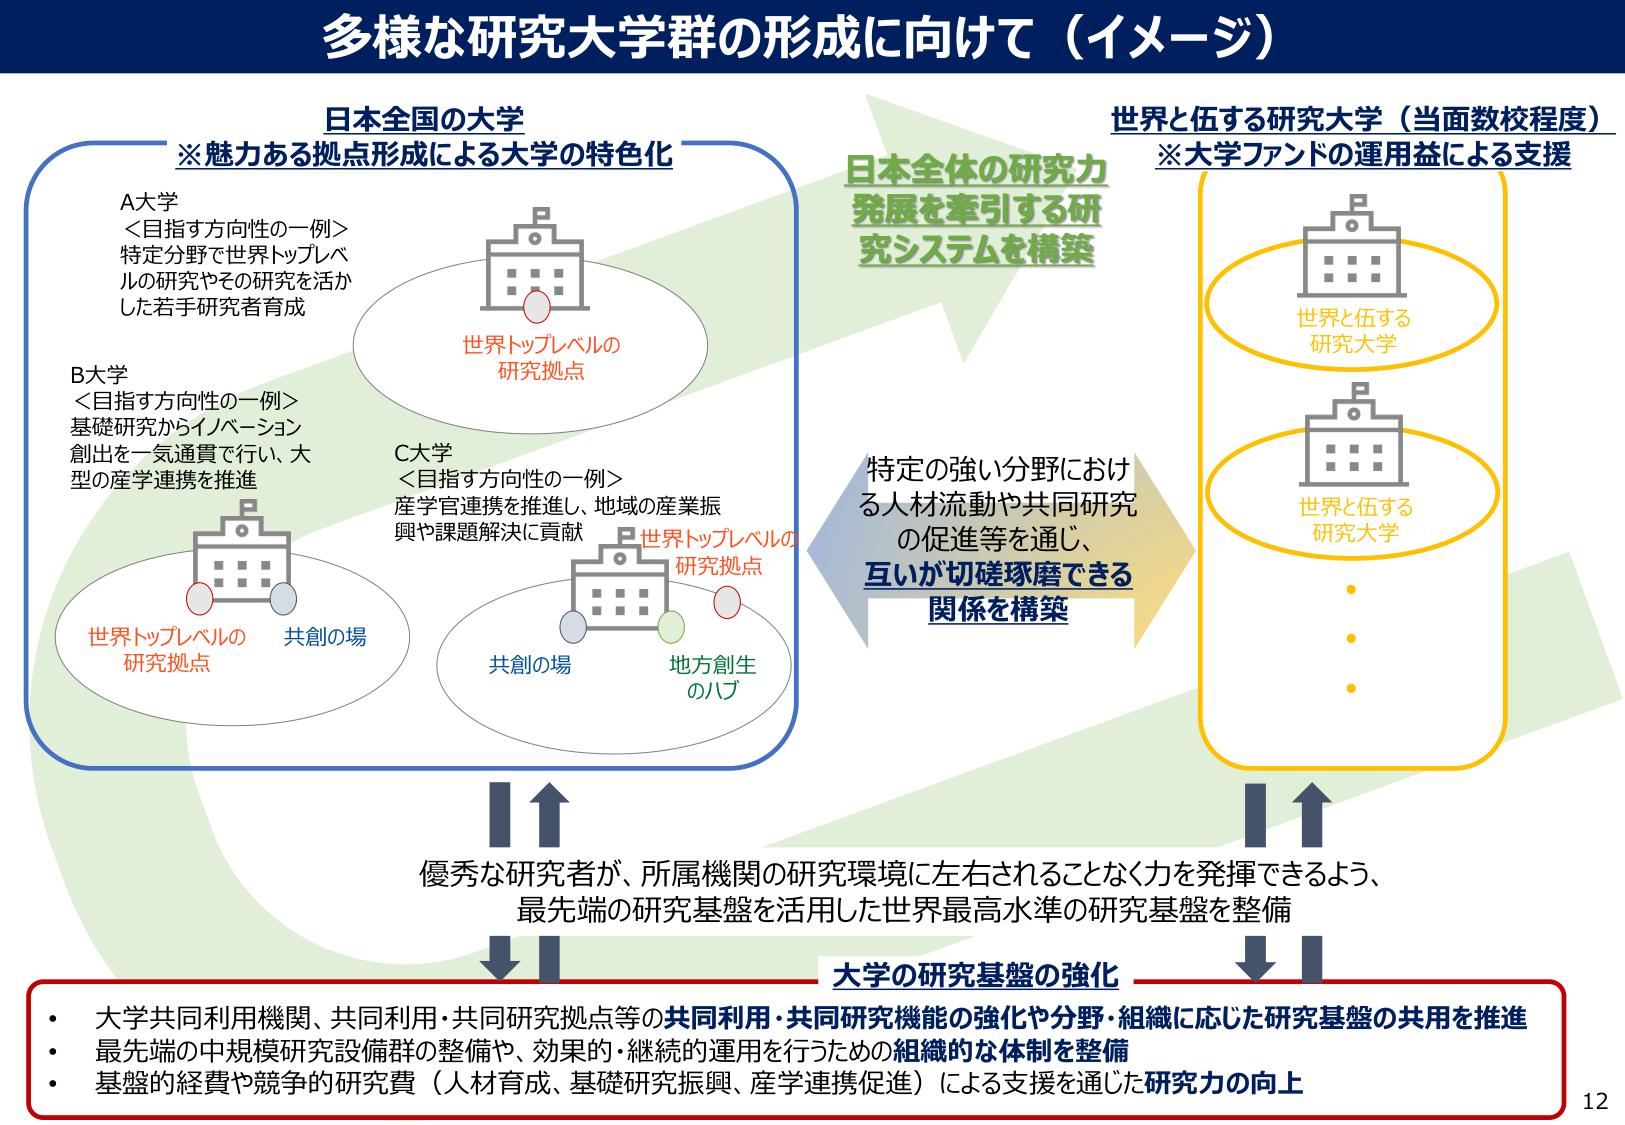
多様な研究大学群の形成に向けて（イメージ）

日本全国の大学
※魅力ある拠点形成による大学の特色化

A大学
＜目指す方向性の一例＞
特定分野で世界トップレベルの研究やその研究を活かした若手研究者育成

B大学
＜目指す方向性の一例＞
基礎研究からイノベーション創出を一気通貫で行い、大型の産学連携を推進

C大学
＜目指す方向性の一例＞
産学官連携を推進し、地域の産業振興や課題解決に貢献

世界トップレベルの研究拠点
共創の場
地方創生のハブ

日本全体の研究力発展を牽引する研究システムを構築

特定の強い分野における人材流動や共同研究の促進等を通じ、互いが切磋琢磨できる関係を構築

世界と伍する研究大学（当面数校程度）
※大学ファンドの運用益による支援

世界と伍する研究大学
世界と伍する研究大学
・
・
・

優秀な研究者が、所属機関の研究環境に左右されることなく力を発揮できるよう、最先端の研究基盤を活用した世界最高水準の研究基盤を整備

大学の研究基盤の強化
・大学共同利用機関、共同利用・共同研究拠点等の共同利用・共同研究機能の強化や分野・組織に応じた研究基盤の共用を推進
・最先端の中規模研究設備群の整備や、効果的・継続的運用を行うための組織的な体制を整備
・基盤の経費や競争的研究費（人材育成、基礎研究振興、産学連携促進）による支援を通じた研究力の向上

12